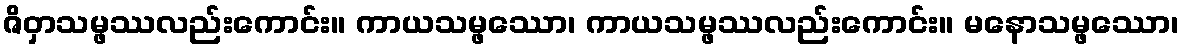
ဇိဝှာသမ္ဖဿလည်းကောင်း။ ကာယသမ္ဖဿော၊ ကာယသမ္ဖဿလည်းကောင်း။ မနောသမ္ဖဿော၊